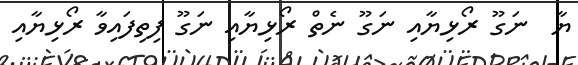
ޔާ  ނަގޫ ރޯޅިޔާއި ނަގޫ ނެތް ރޯޅިޔާއި ނަގޫ ފިތިފައިވާ ރޯޅިޔާއި